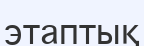
этаптық